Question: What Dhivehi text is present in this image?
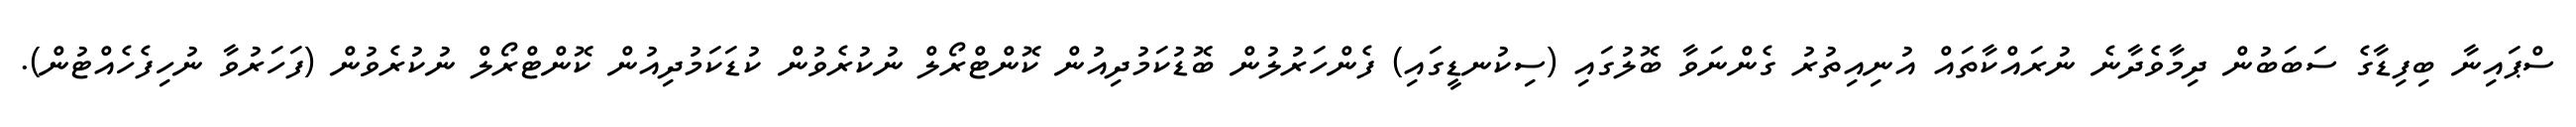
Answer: ސްޕައިނާ ބިފިޑާގެ ސަބަބުން ދިމާވެދާނެ ނުރައްކާތައް އުނިއިތުރު ގެންނަވާ ބޮލުގައި (ސިކުނޑީގައި) ފެންހަރުލުން ބޮޑުކަމުދިއުން ކޮންޓްރޯލް ނުކުރެވުން ކުޑަކަމުދިއުން ކޮންޓްރޯލް ނުކުރެވުން (ފަހަރުވާ ނުހިފެހެއްޓުން).